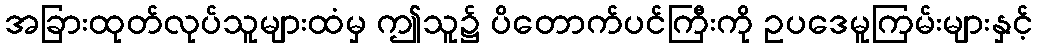
အခြားထုတ်လုပ်သူများထံမှ ဤသူ၌ ပိတောက်ပင်ကြီးကို ဥပဒေမူကြမ်းများနှင့်